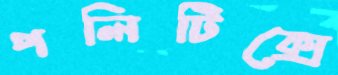
পলিটিক্সে